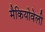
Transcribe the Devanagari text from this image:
मैकियोवेली